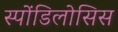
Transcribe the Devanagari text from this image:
स्पोंडिलोसिस